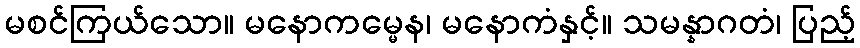
မစင်ကြယ်သော။ မနောကမ္မေန၊ မနောကံနှင့်။ သမန္နာဂတံ၊ ပြည့်